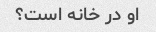
او در خانه است؟